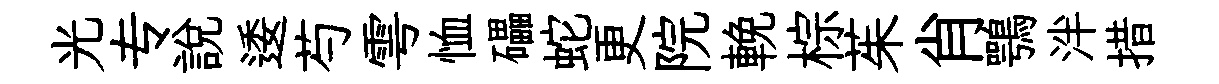
光专說逶芍雩恤礧蛇更院輓棕茱肖鶚泮措